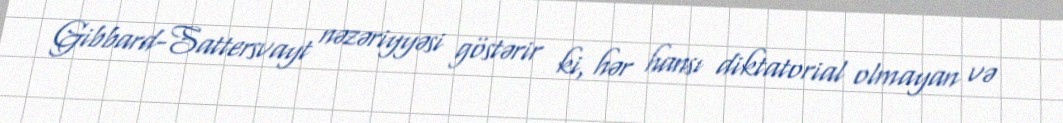
Gibbard-Sattersvayt nəzəriyyəsi göstərir ki, hər hansı diktatorial olmayan və